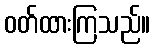
ဝတ်ထားကြသည်။